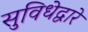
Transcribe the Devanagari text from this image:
सुविधेद्वारे